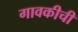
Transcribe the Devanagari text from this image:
गावकीची